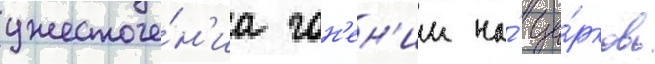
ужесточе́н'иа гон'ен'ии на́ це́рковь